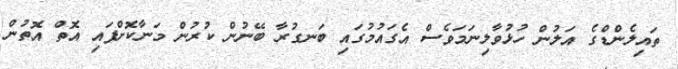
ތައިލެންޑްގެ އަލުން ހުޅުވާލިނަމަވެސް އެގައުމުގައި ބަނގުރާ ބޭނުން ކުރުން މަނާކޮށްފައި އޮތް އޮތުން